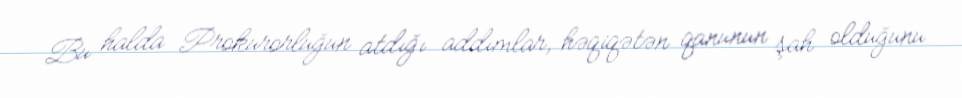
Bu halda Prokurorluğun atdığı addımlar, həqiqətən qanunun şah olduğunu